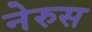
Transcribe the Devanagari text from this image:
नेरुस